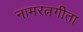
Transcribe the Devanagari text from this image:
नामरत्नगीता